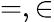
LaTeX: =,\in